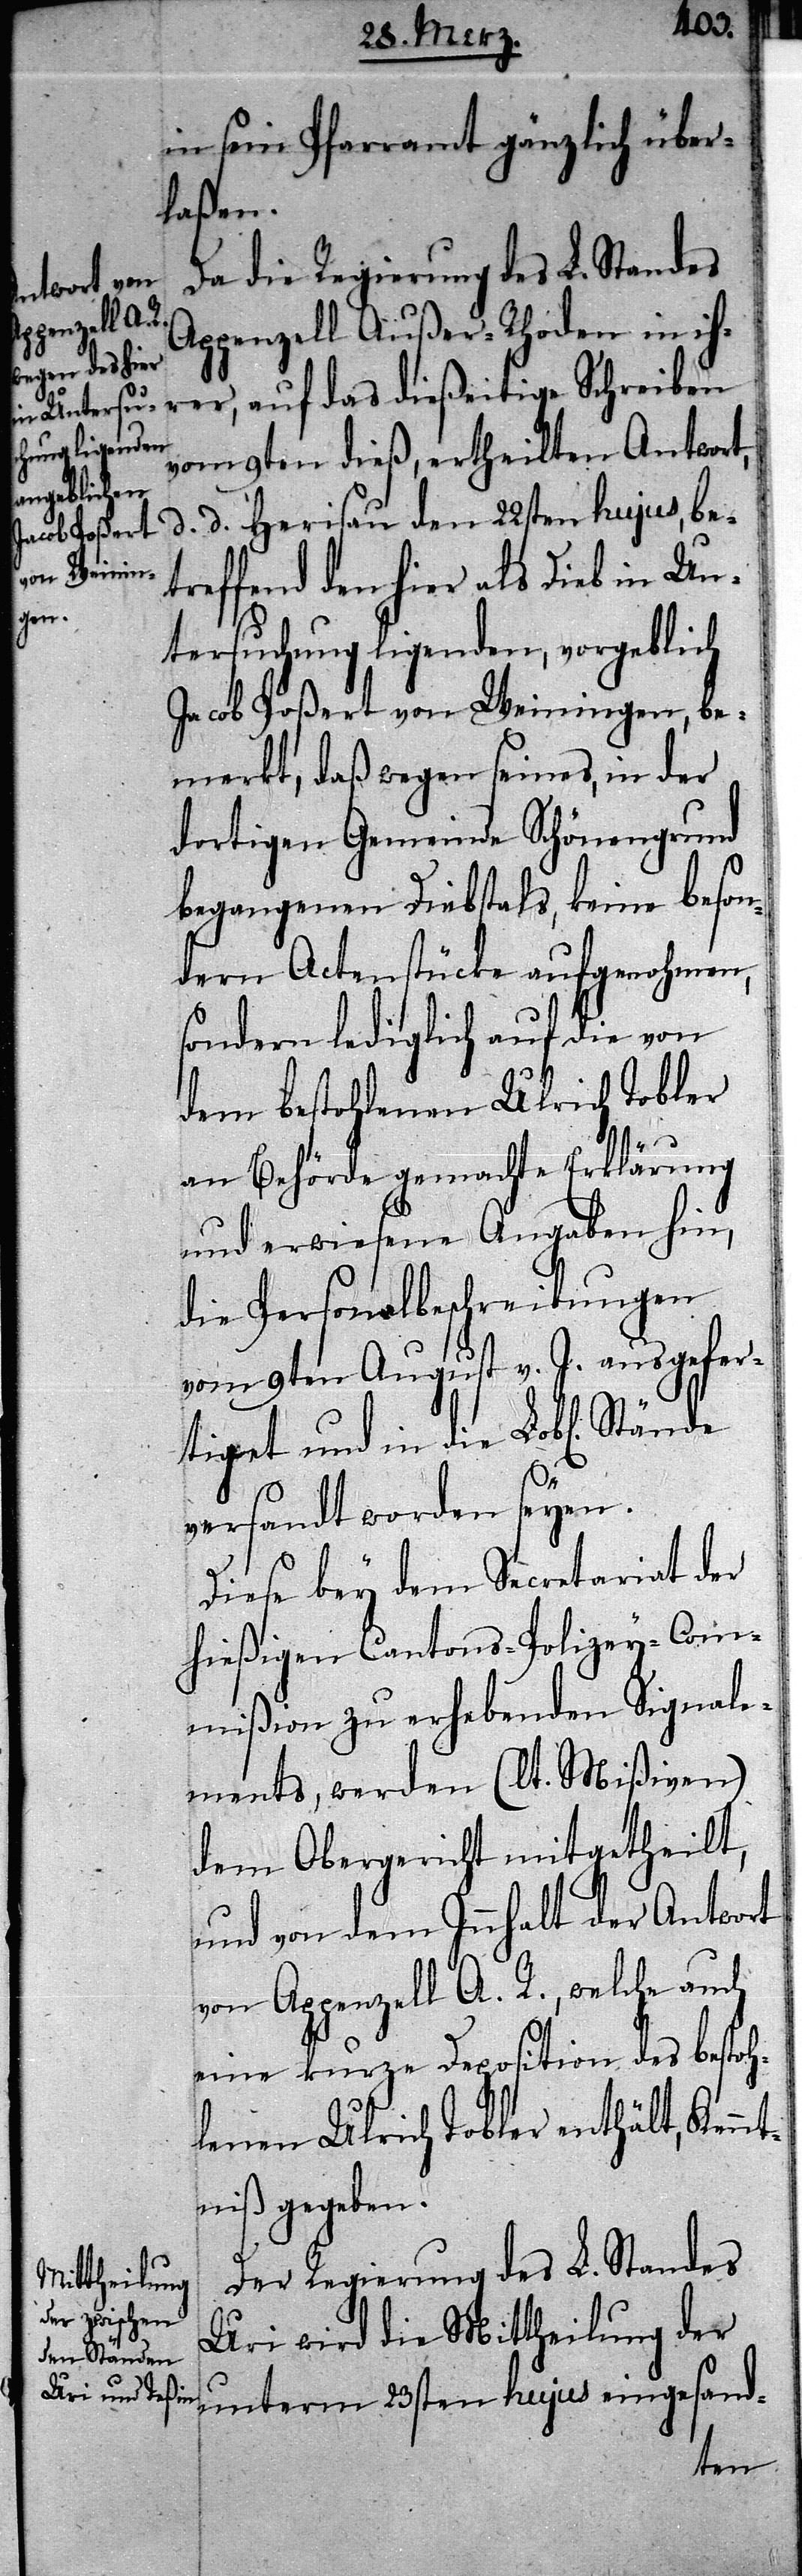
in sein Pfarramt gänzlich über¬
laßen.
Da die Regierung des L. Standes
Appenzell Außer-Rhoden in ih¬
rer, auf das diesseitige Schreiben
vom 9ten dieß, ertheilten Antwort,
d. d. Herisau den 22sten hujus, bet¬
reffend den hier als Dieb in Un¬
tersuchung ligenden, vorgeblich
Jacob Poßert von Weiningen, be¬
merkt, daß wegen seines, in der
dortigen Gemeinde Schönengrund
begangenen Diebstahls, keine beson¬
dern Actenstücke aufgenohmen,
sondern lediglich auf die von
dem bestohlenen Ulrich Tobler
an Behörde gemachte Erklärung
und erwiesene Angaben hin,
die Personalbeschreibungen
vom 9ten August v. J. ausgefer¬
tiget und in die Lobl[ichen]
versandt worden seyen.
Diese bey dem Secretariat der
hießigen Cantons-Polizey-Com¬
mißion zu erhebenden Signale¬
ments, werden (lt. Mißiven)
dem Obergericht mitgetheilt,
und von dem Innhalt der Antwort
von Appenzell A. R., welche auch
eine kurze Deposition des bestoh¬
lenen Ulrich Tobler enthält, Kenn¬
tniß gegeben.
Der Regierung des L. Standes
Uri wird die Mittheilung der